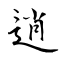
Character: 逍